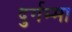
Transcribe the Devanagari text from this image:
दुर्गम्मा